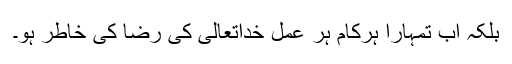
بلکہ اب تمہارا ہرکام ہر عمل خداتعالیٰ کی رضا کی خاطر ہو۔